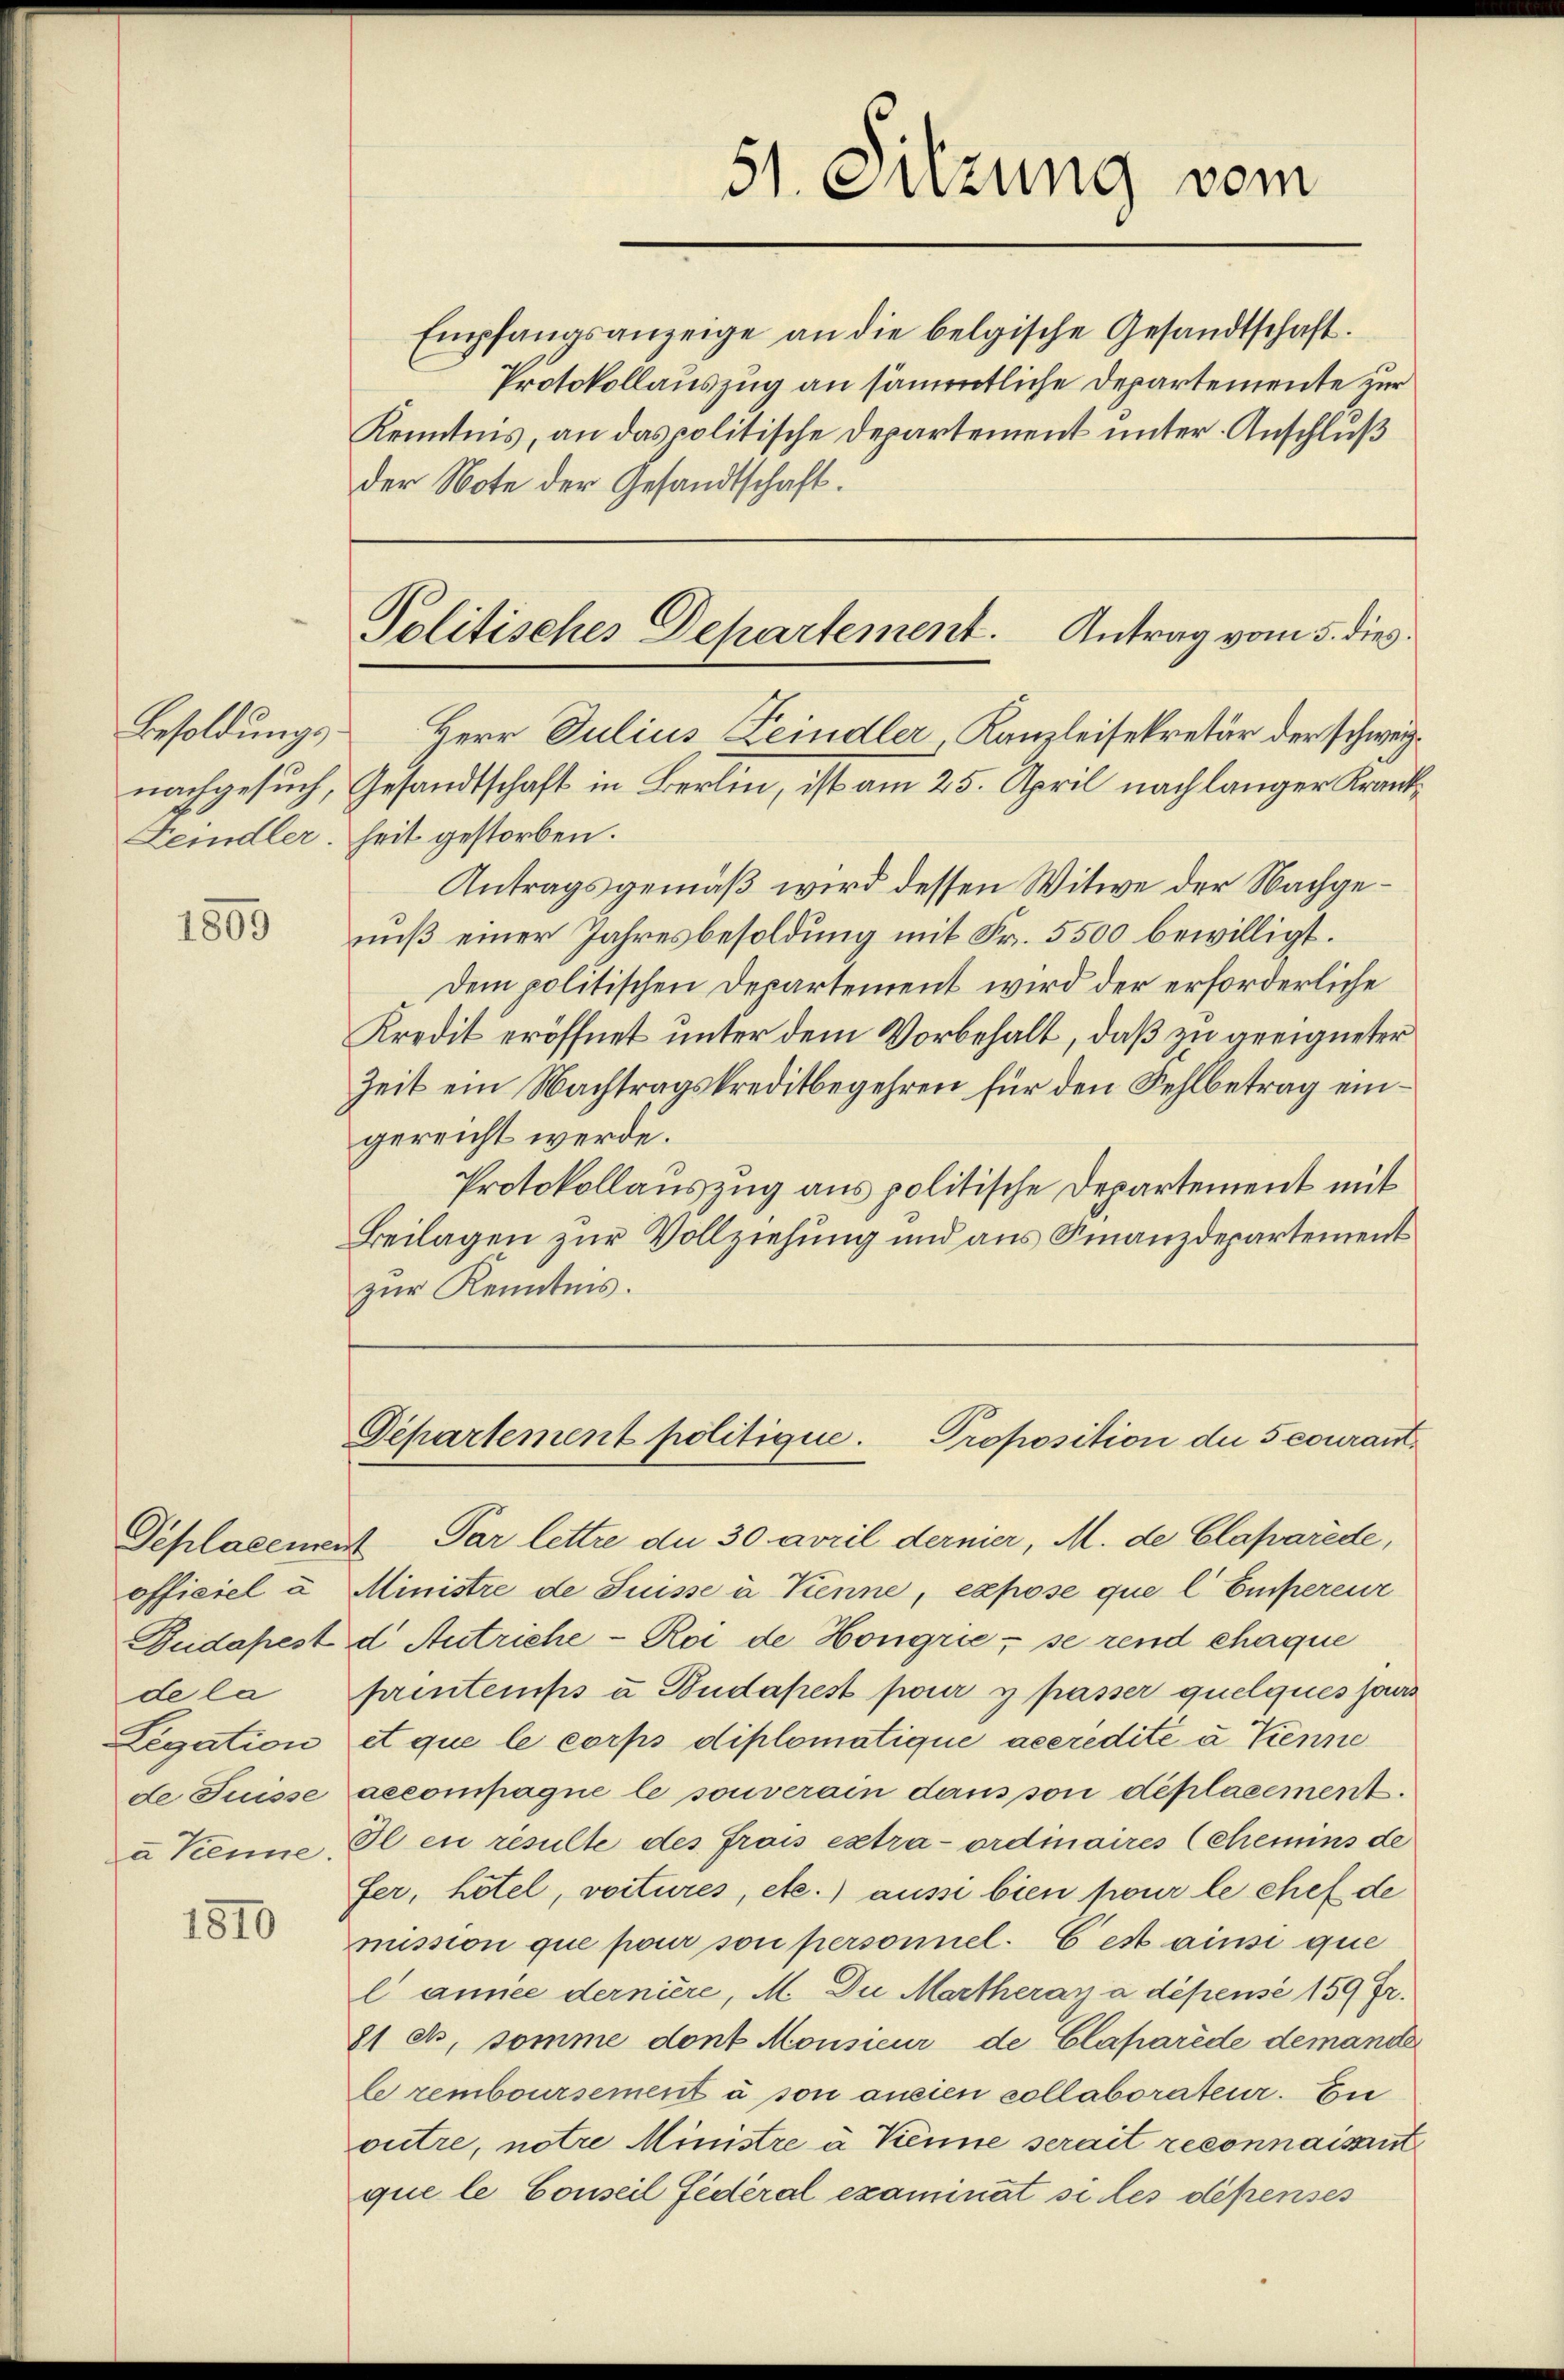
Feindler.

1809

officiel a
Budapest
de la
Legation
de Tuisse
a Kenne.

1810

Empfangsanzeige an die belgische Gesandtschaft.
Protokollauszug an sämmtliche Departemente zur
Kenntnis, an das politische Departement unter Anschluß
der Note der Gesandtschaft.

heit gestorben.
Antragsgemäß wird dessen Witwe der Nachgenuß einer Jahresbesoldung mit Fr. 5500 bewilligt.
Dem politischen Departement wird der erforderliche
Kredit eröffnet unter dem Vorbehalt, daß zu geeigneter
Zeit ein Nachtragskreditbegehren für den Fehlbetrag eingereicht werde.
Protokollauszug aus politische Departement mit
Beilagen zur Vollziehung und aus Finanzdepartement
zur Kenntnis.

Politisches Departement. Antrag vom 5. dies
Besoldungs- Herr Julius Leindler, Kanzleisekretär der schweig¬

51. Suzung vom

nachgesuch, Gesandtschaft in Berlin, ist am 25. April nach langer Krank¬

Seplacement Par lettre du 30 April dernier, M. de Claßarede,
Ministre de Suisse à Tenne, expose que l Eiferenz
d Antriche - Roi de Hongrie; se rend chaque
prentemps u. Budapest pour y passer quelques sous
et que le corps diplomatique accredite à tienne
aecompagne le souverain dans son deplacement.
Il en resulte des frais extraordinaires (Chemins de
fer, hotel, voitures, etc.) aussi bien pour le chef de
mission que pour son personnel. C est ainsi que
l’année dernière, M. Du Martheran a dépensé 159 Fr.
8 et, somme dont Monsieur de Claparede demande
le remboursement à son aneien sollaborateur. En
ouitre, notre Ministre à Kienne serait reconnaissant
que le Conseil Federal examinat siches dépenses

Departement politique.
Proposition der 5 courant¬